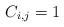
LaTeX: \begin{align*}C_{i,j}=1\end{align*}